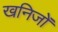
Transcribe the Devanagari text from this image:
खनिजोँ